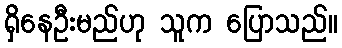
ရှိနေဦးမည်ဟု သူက ပြောသည်။